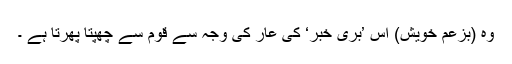
وہ (بزعم خویش) اس ’بری خبر‘ کی عار کی وجہ سے قوم سے چھپتا پھرتا ہے ۔